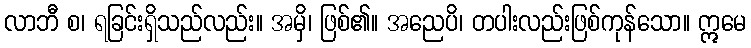
လာဘီ စ၊ ရခြင်းရှိသည်လည်း။ အမှိ၊ ဖြစ်၏။ အညေပိ၊ တပါးလည်းဖြစ်ကုန်သော။ ဣမေ